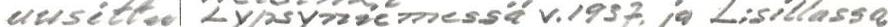
uusittu Lypsyniemessä v. 1937. ja L;sillassa